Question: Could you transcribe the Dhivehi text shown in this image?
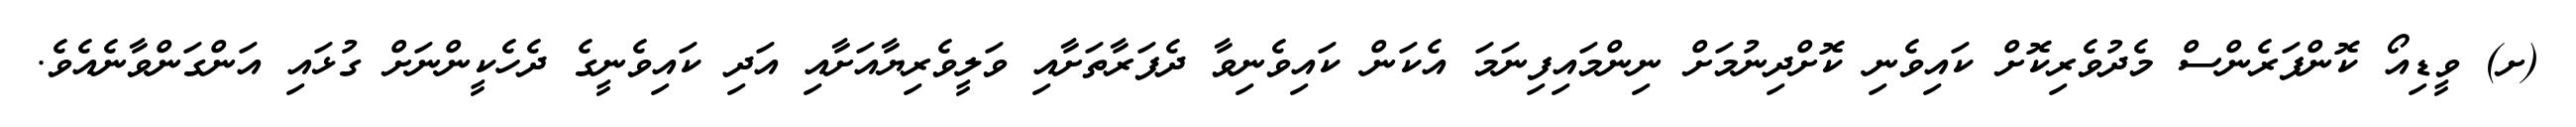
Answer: (ށ) ވީޑިއޯ ކޮންފަރެންސް މެދުވެރިކޮށް ކައިވެނި ކޮށްދިނުމަށް ނިންމައިފިނަމަ އެކަން ކައިވެނިވާ ދެފަރާތަށާއި ވަލީވެރިޔާއަށާއި އަދި ކައިވެނީގެ ދެހެކީންނަށް ގުޅައި އަންގަންވާނެއެވެ.